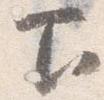
下